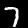
Label: 7